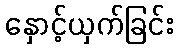
နှောင့်ယှက်ခြင်း